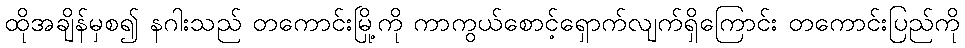
ထိုအချိန်မှစ၍ နဂါးသည် တကောင်းမြို့ကို ကာကွယ်စောင့်ရှောက်လျက်ရှိကြောင်း တကောင်းပြည်ကို